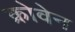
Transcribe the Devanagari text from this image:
क्रोवेन